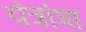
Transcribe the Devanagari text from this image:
यंत्रांश